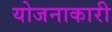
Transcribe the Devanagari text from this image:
योजनाकारी